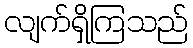
လျက်ရှိကြသည်